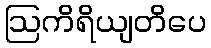
ဩကိရိယျတိပေ